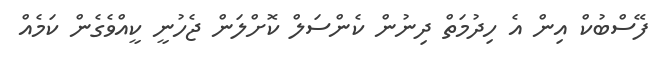
ފޭސްބުކް އިން އެ ހިދުމަތް ދިނުން ކެންސަލް ކޮށްލަން ޖެހުނީ ކީއްވެގެން ކަމެއް